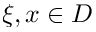
\xi , x \in D